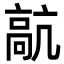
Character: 髚